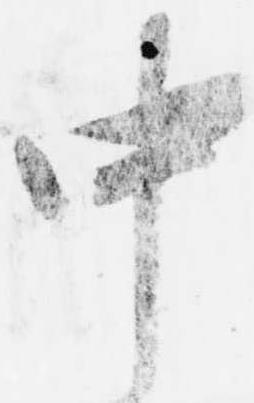
中